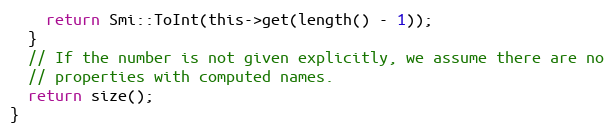
Language: C
    return Smi::ToInt(this->get(length() - 1));
  }
  // If the number is not given explicitly, we assume there are no
  // properties with computed names.
  return size();
}